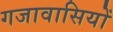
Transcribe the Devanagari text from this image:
गजावासियों